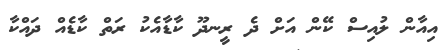
އިއާން ލުއިސް ކޭން އަށް ދެ ރީނދޫ ކާޑާއެކު ރަތް ކާޑެއް ދައްކާ